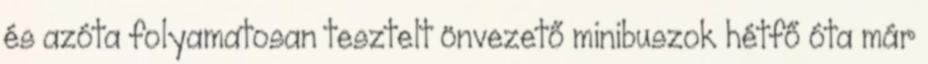
és azóta folyamatosan tesztelt önvezető minibuszok hétfő óta már